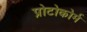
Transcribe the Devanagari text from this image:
प्रोटोकोर्म